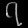
Digit: ၇